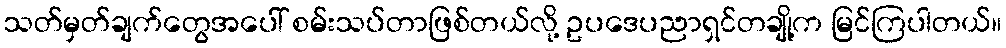
သတ်မှတ်ချက်တွေအပေါ် စမ်းသပ်တာဖြစ်တယ်လို့ ဥပဒေပညာရှင်တချို့က မြင်ကြပါတယ်။